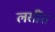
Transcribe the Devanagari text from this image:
लसींत